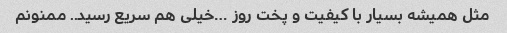
مثل همیشه بسیار با کیفیت و پخت روز …خیلی هم سریع رسید.. ممنونم